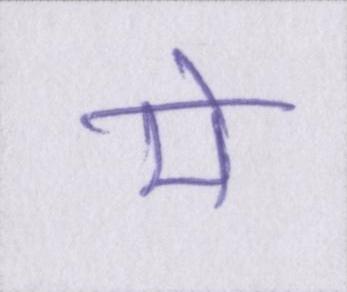
मे